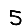
Digit: 5